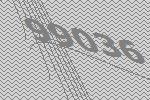
99036